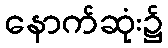
နောက်ဆုံး၌